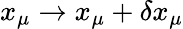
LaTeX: x_{\mu}\rightarrow x_{\mu}+\delta x_{\mu}